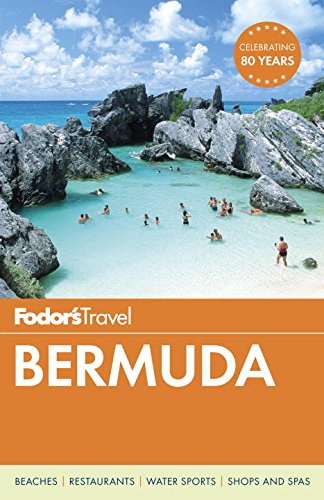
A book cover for Fodor's Bermuda (Travel Guide); Fodor's; Travel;